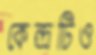
কেন্দ্রটিও